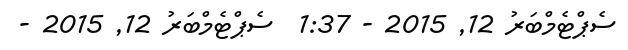
ސެޕްޓެމްބަރު 12